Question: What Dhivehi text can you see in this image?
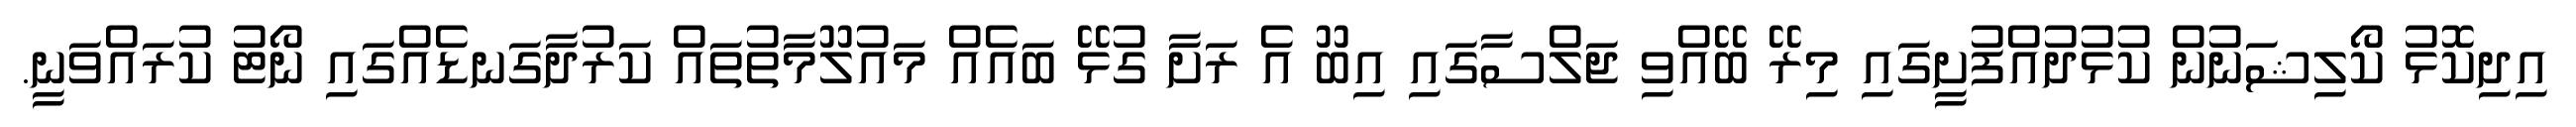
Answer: އިދިކޮޅު ކޯލިޝަނުން ކުޅުދުއްފުށީގައި މިރޭ ބޭއްވި ޖަލްސާގައި އިބޫ އެ ރަށާ ގުޅޭ ބައެއް މައުލޫމާތުތައް ކަރުދާގަނޑެއްގައި ނޯޓު ކުރައްވަނީ.